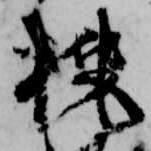
桃